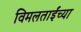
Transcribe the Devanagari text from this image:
विमलताईंच्या